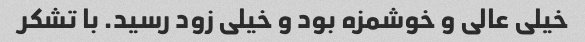
خیلی عالی و خوشمزه بود و خیلی زود رسید. با تشکر